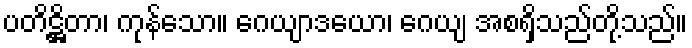
ပတိဋ္ဌိတာ၊ ကုန်သော။ ဂေယျာဒယော၊ ဂေယျ အစရှိသည်တို့သည်။